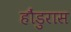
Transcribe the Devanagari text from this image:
हौंडुरास